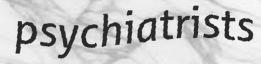
psychiatrists